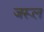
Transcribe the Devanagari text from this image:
जरूल